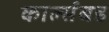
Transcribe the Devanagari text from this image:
कार्ल्सबड